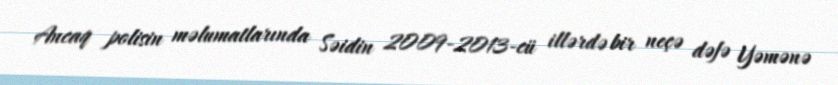
Ancaq polisin məlumatlarında Səidin 2009-2013-cü illərdə bir neçə dəfə Yəmənə